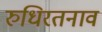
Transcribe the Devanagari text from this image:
रुधिरतनाव